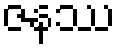
ဇနဿ